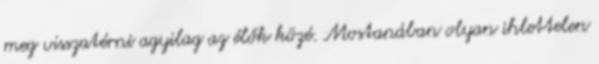
meg visszatérni agyilag az élők közé. Mostanában olyan ihlettelen